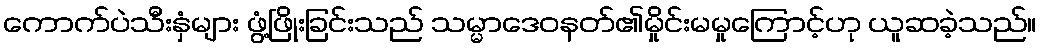
ကောက်ပဲသီးနှံများ ဖွံ့ဖြိုးခြင်းသည် သမ္မာဒေဝနတ်၏မှိုင်းမမှုကြောင့်ဟု ယူဆခဲ့သည်။